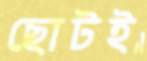
ছোটই